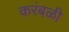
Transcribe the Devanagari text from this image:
करंबळी